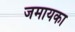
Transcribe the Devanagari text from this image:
जमायका